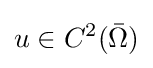
u\in C^{2}({\bar {\Omega }})